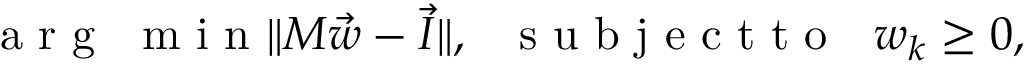
\begin{array} { r } { \mathrm { ~ a ~ r ~ g ~ ~ ~ m ~ i ~ n ~ } \| M \vec { w } - \vec { I } \| , \mathrm { ~ ~ ~ s ~ u ~ b ~ j ~ e ~ c ~ t ~ t ~ o ~ ~ ~ } w _ { k } \geq 0 , } \end{array}